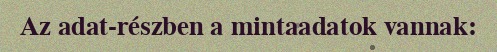
Az adat-részben a mintaadatok vannak: